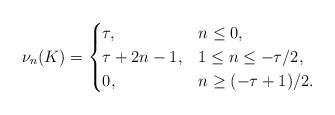
LaTeX: \begin{align*} \nu_n(K) = \begin{cases} \tau, & n \leq 0,\\ \tau + 2n - 1, & 1 \leq n \leq -\tau/2,\\ 0, & n \geq (-\tau+1)/2. \end{cases} \end{align*}